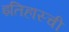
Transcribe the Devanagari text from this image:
इतिहास्ची